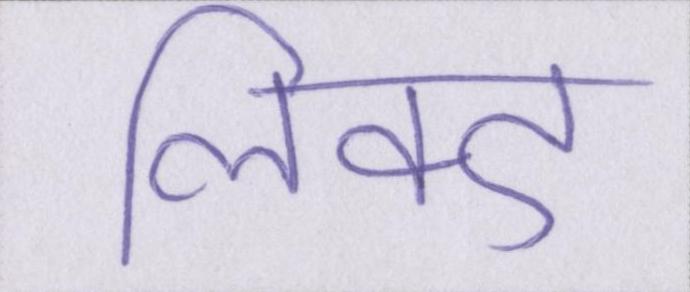
लिंक्ड